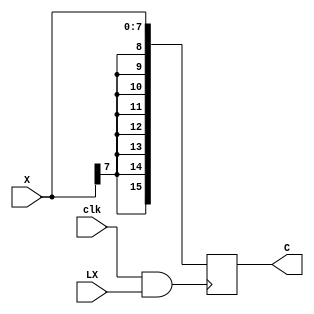
module reg_8b_in_16b_out( // Registrador conversor com input de 8 bits e sada de 16 bits; 
    
    input [7:0] X,
    input [0:0] clk, LX,
    output reg [15:0] C

);
  
    always @ (posedge clk & LX) begin

        C <= X;
        C[8] <= X[7];
        C[9] <= X[7];
        C[10] <= X[7];
        C[11] <= X[7];
        C[12] <= X[7];
        C[13] <= X[7];
        C[14] <= X[7];
        C[15] <= X[7];

    end

endmodule

module reg_16b_in_16b_out( // Registrador com IO's de 16 bits;
    
    input [15:0] X,
    input [0:0] clk, LX,
    output reg [15:0] C

);

    always @ (posedge clk & LX) begin

        C <= X;

    end

endmodule